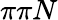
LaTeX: \pi\pi N